Scottish Leaving Certificate Examination, 1960
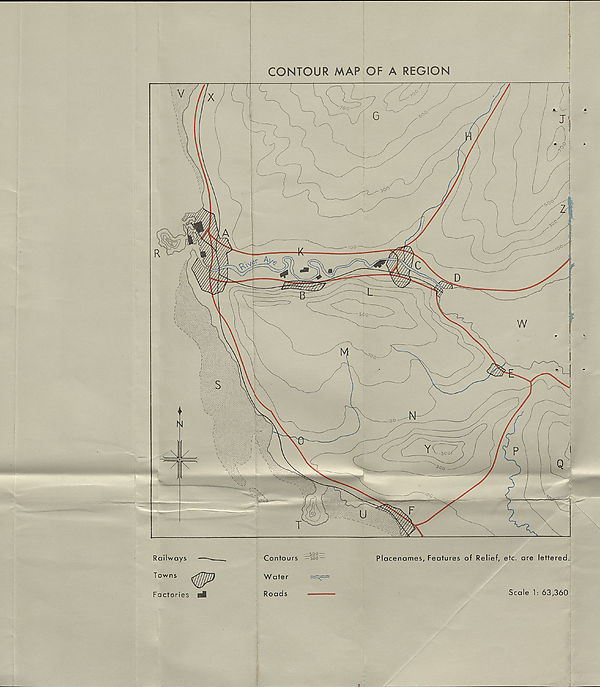
Railways
Towns
Factories nfl
Contours
Placenames, Features of Relief, etc. are lettered.
Water
Roads
Scale 1: 63,360
u